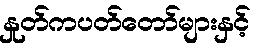
နှုတ်ကပတ်တော်များနှင့်